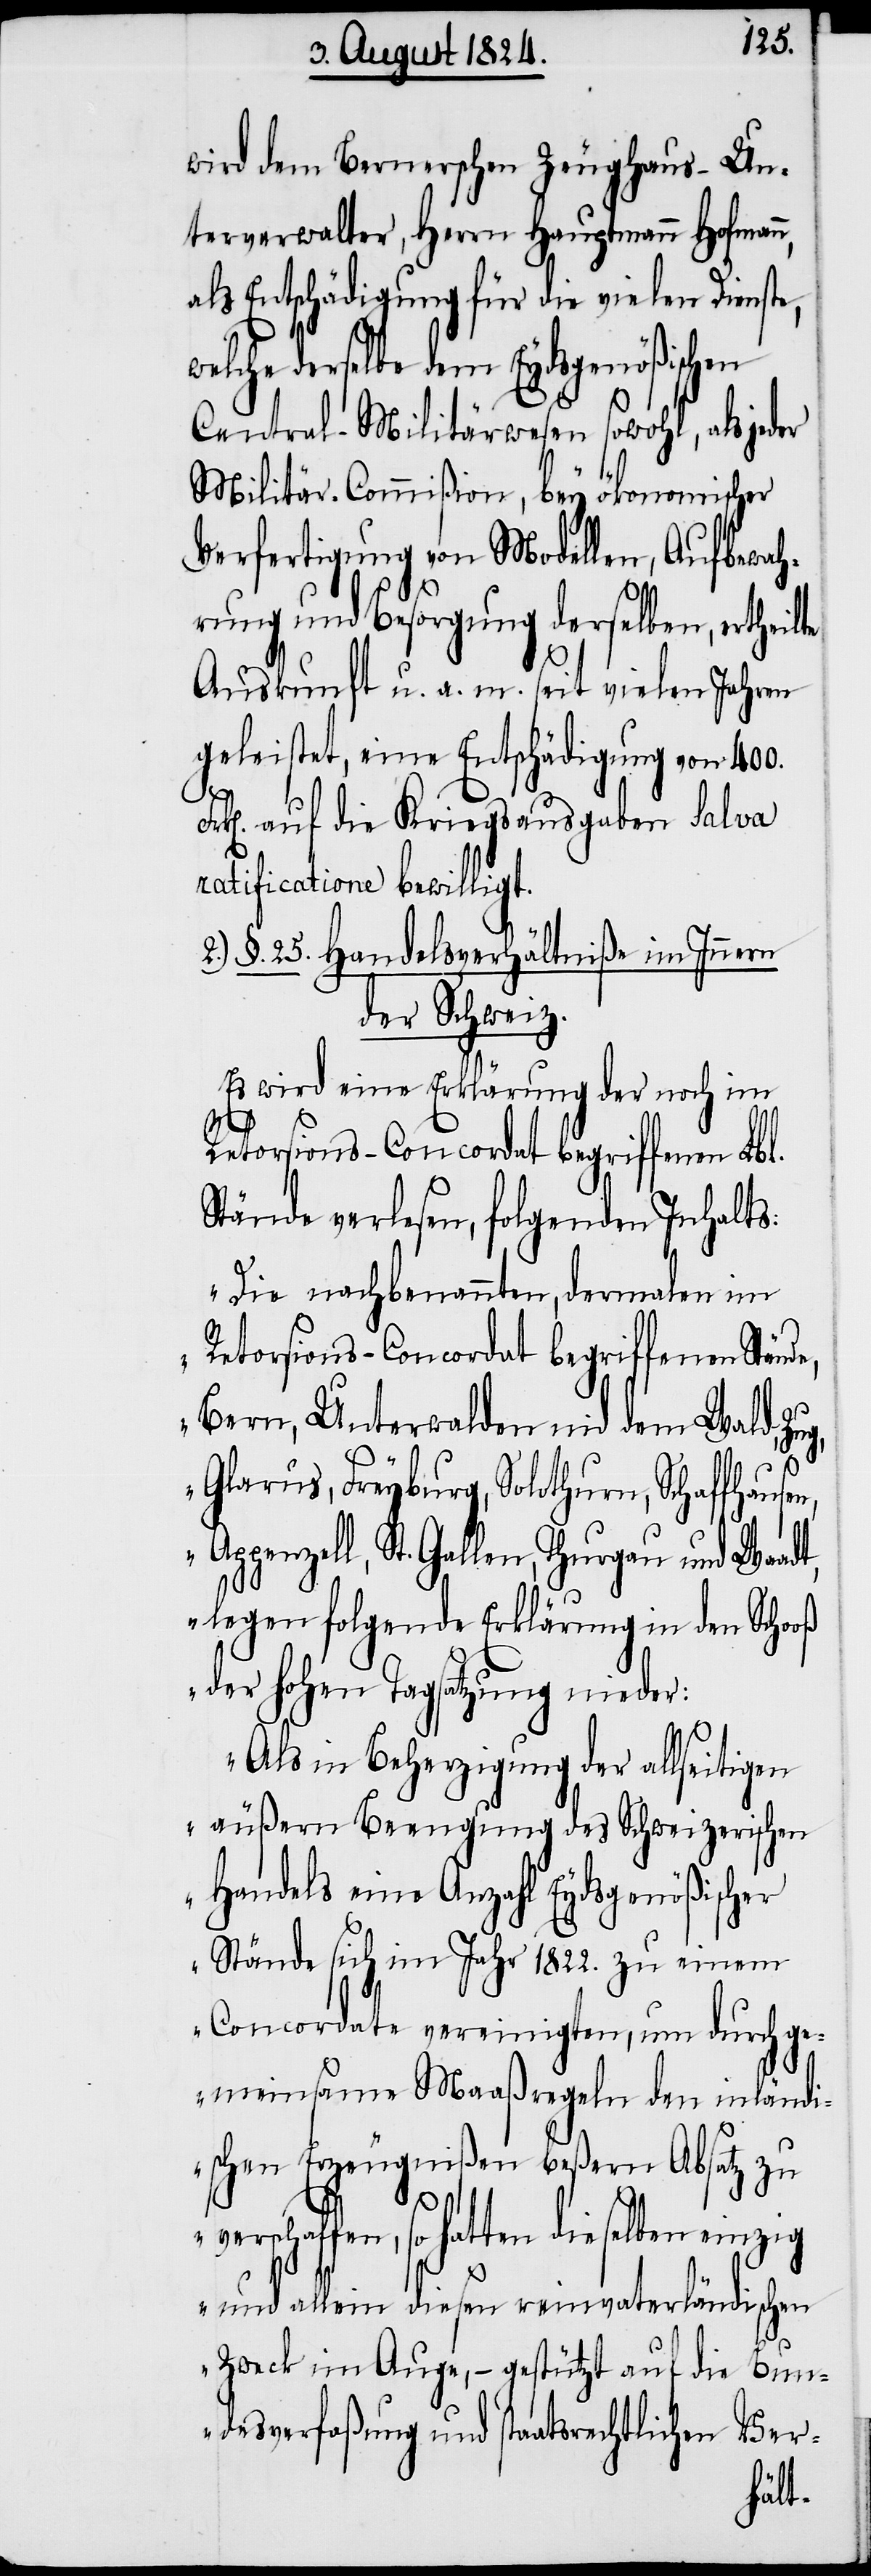
wird dem Bernerschen Zeughausun¬
terverwalter, Herrn Hauptmann Hofmann,
als Entschädigung für die vielen Dienste,
welche derselbe dem Eydsgenößischen
Central-Militärwesen sowohl, als jeder
Militär-Commißion, bey ökonomischer
Verfertigung von Modellen, Aufbewah¬
rung und Besorgung derselben, ertheil¬
Auskunft u. a. m. seit vielen Jahren
geleistet, eine Entschädigung von 400.
auf die Kriegsausgaben Salva
ratificatione bewilligt.
2.) §. 25. Handelsverhältniße im Innern
des Schweize¬
Es wird eine Erklärung der noch im
Retorsions-Concordat begriffenen Lbl.
Stände verlesen, folgenden Inhalts:
„Die nachbenannten, dermalen im
Retorsions-Concordat begriffenen Stän¬
Bern, Unterwalden nid dem Wald,
Glarus, Freyburg, Solothurn, Schaffhaus¬
Appenzell, St. Gallen, Thurgau und Waadt,
legen folgende Erklärung in den Schooß
der hohen Tagsatzung n¬
Als in Beherzigung der
rischen
äußern Beengung
alls¬
Handels eine Anzahl Eydsgenößischer
Stände sich im Jahr 1822. zu einem
Concordate vereinigten, um durch ge¬
meinsame Maaßregeln den inländi¬
schen Erzeugnißen beßern Absatz zu
verschaffen, so hatten dieselben einzig
und allein diesen reinvaterländischen
Zweck im Auge, – gestützt auf die Bun¬
desverfaßung und staatsrechtlichen Ver-